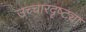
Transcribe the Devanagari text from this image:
उच्चारदृष्ट्या